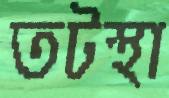
তটস্থা